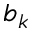
b _ { k }